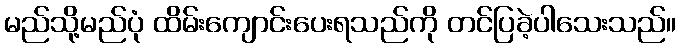
မည်သို့မည်ပုံ ထိမ်းကျောင်းပေးရသည်ကို တင်ပြခဲ့ပါသေးသည်။